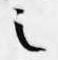
之